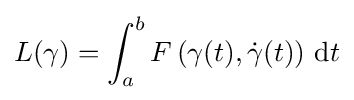
L(\gamma )=\int _{a}^{b}F\left(\gamma (t),{\dot {\gamma }}(t)\right)\,\mathrm {d} t